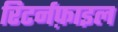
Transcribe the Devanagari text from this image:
रिटर्नफ़ाइल